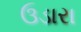
ઉડારા